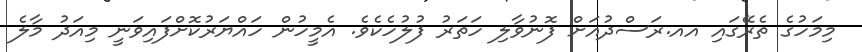
މިމަހުގެ ތެރޭގައި އއ.ރަސްދުއަށް ފޮނުވާލި ހަތަރު ފުލުހެކެވެ. އެމީހުން ހައްޔަރުކޮށްފައިވަނީ މިއަދު މާލެ